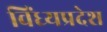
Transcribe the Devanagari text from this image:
विंध्यप्रदेश